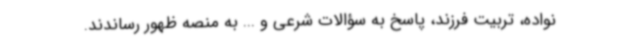
نواده، تربیت فرزند، پاسخ به سؤالات شرعی و ... به منصه ظهور رساندند.